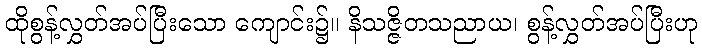
ထိုစွန့်လွှတ်အပ်ပြီးသော ကျောင်း၌။ နိသဇ္ဇိတသညာယ၊ စွန့်လွှတ်အပ်ပြီးဟု